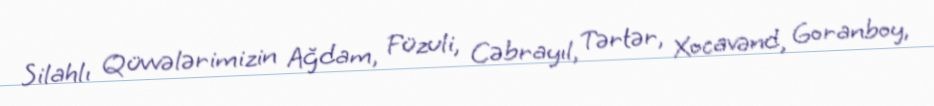
Silahlı Qüvvələrimizin Ağdam, Füzuli, Cəbrayıl, Tərtər, Xocavənd, Goranboy,